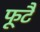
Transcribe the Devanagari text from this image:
फूटै